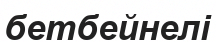
бетбейнелі